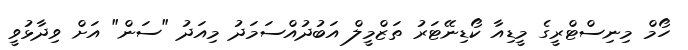
ހޯމް މިނިސްޓްރީގެ މީޑިއާ ކޯޑިނޭޓަރު ތަޒްމީލް އަބުދުއްސަމަދު މިއަދު "ސަން" އަށް ވިދާޅުވީ